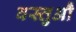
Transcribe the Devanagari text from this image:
वस्तुऔं